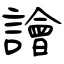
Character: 譮